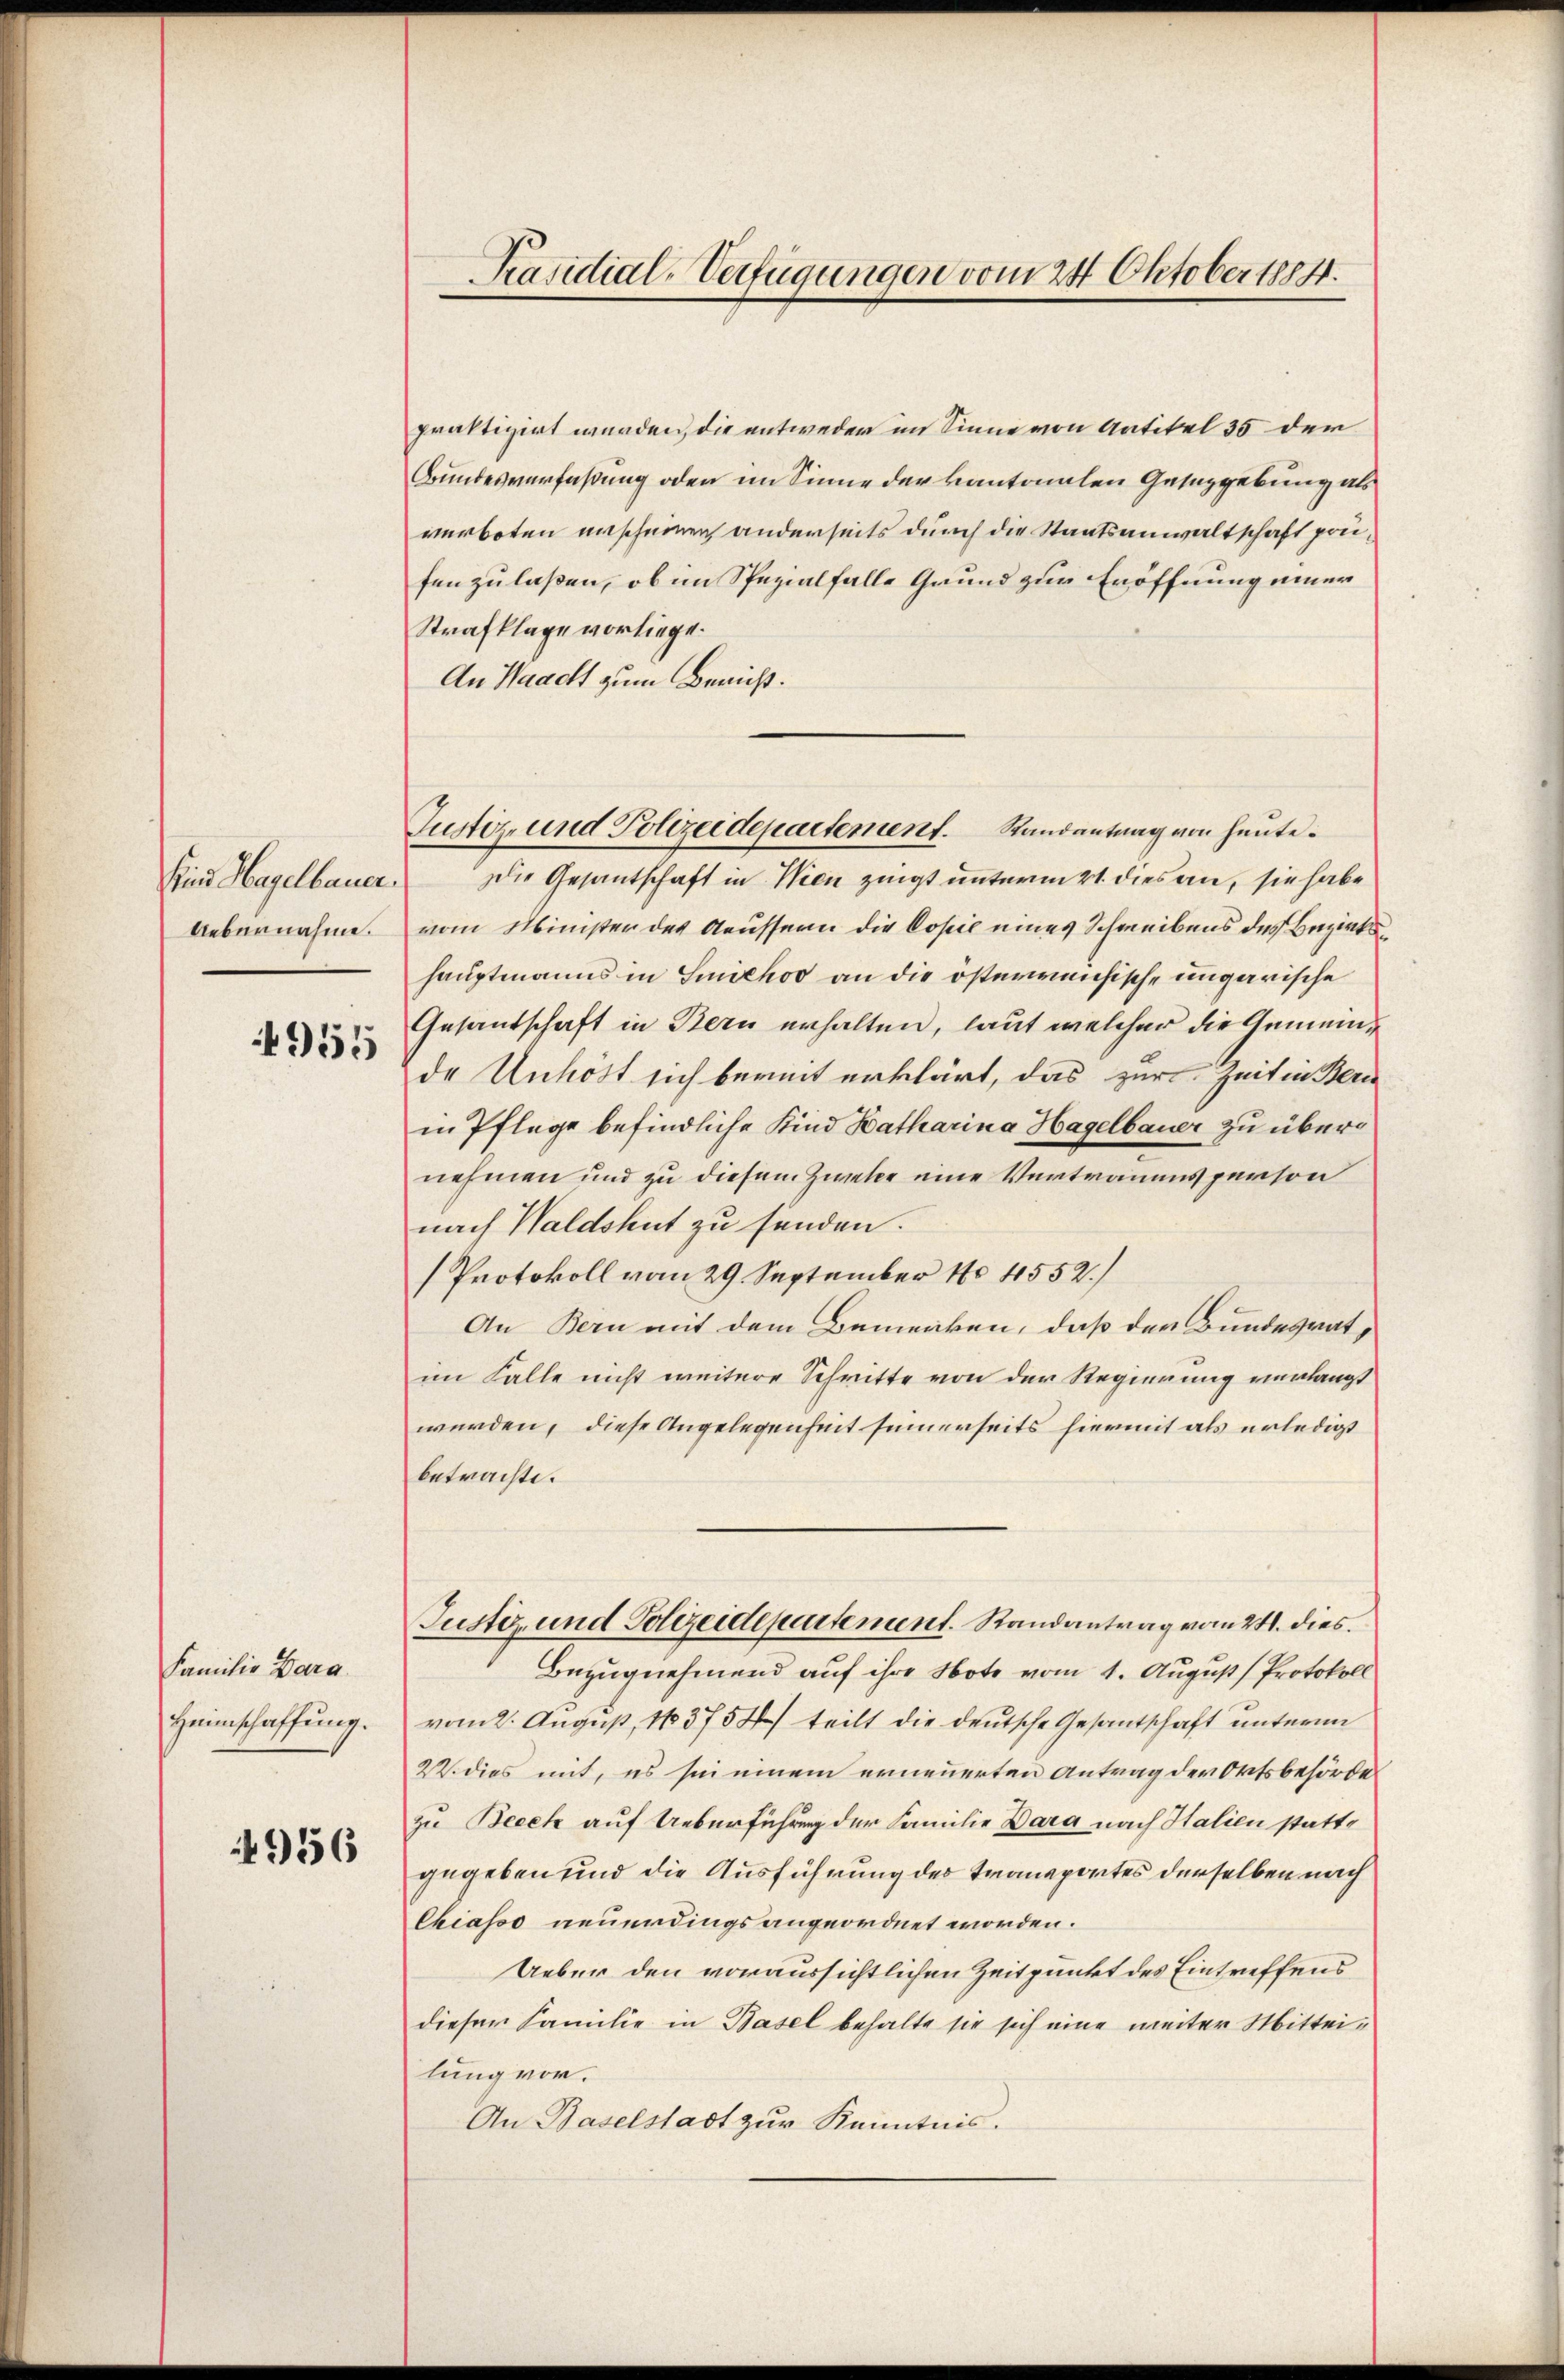
Kind Hagelbauer
Uebernahme.

4955

Familie Bara.
Heimschaffung.

956

Präsidial-Verfügungen vom 24 Oktober 1884.

praktizirt werden, die entweder im Sinne von Artikel 35 der
Bundesverfaßung oder im Sinne der kantonalen Gesazgebung als
verboten unscheinen anderseits durch die Staatsanwaltschaft prüfen zu laßen, ob im Spezialfalle Grund zur Eröffnung einer
Strafklage vorliege.
An Waacht zum Bericht.
Die Gesantschaft in Wien zeigt unterm 21. dies an, sie habe
vom Minister des Aeussern die Copie eines Schreibens des Bezirkshauptmanns in Sichoo an die österensische ungarische
Gesandschaft in Bern erhalten, laut welcher die Gemeinde Unköst sich berit erklärt, das zur Zeit in Bern
in Pflege befindliche Kind Katharina Hagelbauer zu übernehmen und zu diesem Zweke eine Vertrauensperson
nach Waldshut zu senden.
Protokoll vom 29. September 180 4552.
An Bern mit dem Bemerken, daß der Bundesratim Falle nicht weitere Schritte von der Regierung verlangt
werden, diese Angelegenheit seinerseits hiermit als erledigt
betrachte.
Justiz- und Polizeidepartement. Randantrag vom 24. dies
Bezugnehmend auf ihre Note vom 1. August (Protokoll
vom 2. August 18375) teilt die deutsche Gesantschaft unterm
22. dies mit, es sei einem erneuerten Antrag der Ortsbehörde
zu Beech auf Ueberführung der Familie Dara nach Halien stattgegeben und die Ausführung des Transportes derselben nach
Chiasso neuerdings angeordnet worden.
Ueber den voraussichtlichen Zeitpunkt des Eintreffens
dieser Familie in Basel behalte sie sich eine weiter Mitteilung vor.
An Baselstadt zur Kenntnis.

Justiz- und Polizeidepartement. Randantrag von heute.